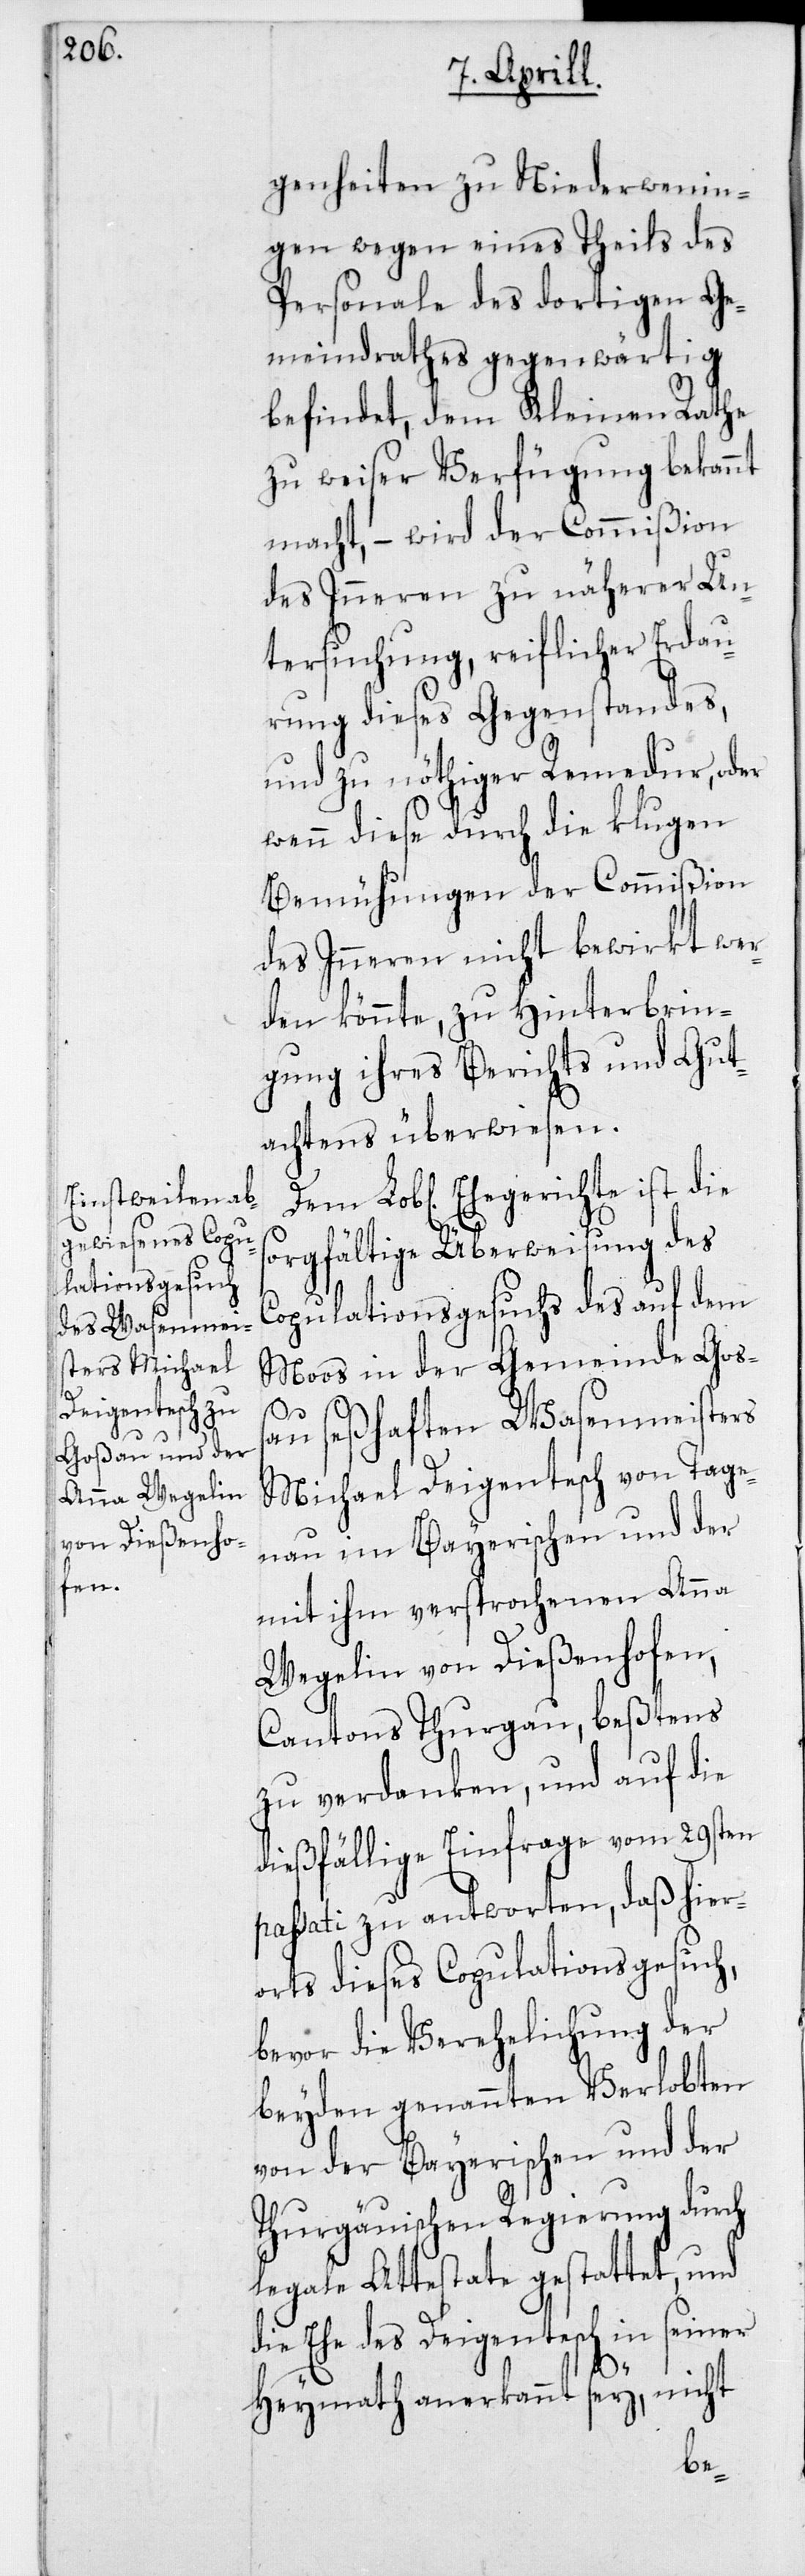
genheiten zu Niederwenin¬
gen wegen eines Theils des
Personale des dortigen Ge¬
meindrathes gegenwärtig
befindet, dem Kleinen Rathe
zu weiser Verfügung bekannt
macht, – wird der Commißion
des Inneren zu näherer Un¬
tersuchung, reiflicher Erdau¬
rung dieses Gegenstandes,
und zu nöthiger Remedur, oder
wenn diese durch die klugen
Bemühungen der Commißion
des Inneren nicht bewirkt wer¬
den könnte, zu Hinterbrin¬
gung ihres Berichts und Gut¬
achtens überwiesen.
Ehegerichte ist die
sorgfältige Überweisung des
Copulationsgesuchs des auf dem
Moos in der Gemeinde Goß¬
au seßhaften Wasenmeisters
Michael Deigentesch von Tage¬
nau im Bayerischen und der
mit ihm versprochenen Anna
Wegelin von Dießenhofen,
Cantons Thurgau, beßtens
zu verdanken, und auf die
dießfällige Einfrage vom 29sten
passati zu antworten, daß hier¬
orts dieses Copulationsgesuch,
bevor die Verehelichung der
beyden genannten Verlobten
von der Bayerischen und der
Thurgäuischen Regierung durch
legale Attestate gestattet, und
die Ehe des Deigentesch in seiner
Heymath anerkannt sey, nicht